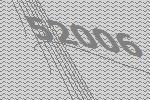
52006